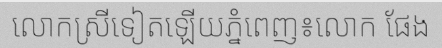
លោកស្រីទៀតឡើយភ្នំពេញ៖លោក ផែង